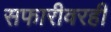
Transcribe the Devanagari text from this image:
सफारीवरही